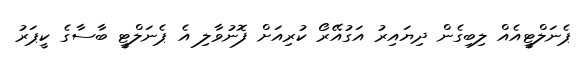
ޕެނަލްޓީއެއް ލިބިގެން ދިޔައިރު އަގުއޭރޯ ކުރިއަށް ފޮނުވާލި އެ ޕެނަލްޓީ ބާސާގެ ކީޕަރު